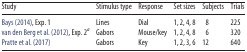
<table><thead><tr><td><b>Study</b></td><td><b>Stimulus type</b></td><td><b>Response</b></td><td><b>Set sizes</b></td><td><b>Subjects</b></td><td><b>Trials</b></td></tr></thead><tbody><tr><td>Bays (2014), Exp. 1</td><td>Lines</td><td>Dial</td><td>1, 2, 4, 8</td><td>8</td><td>225</td></tr><tr><td>van den Berg et al. (2012), Exp. 2<i><sup>a</sup></i></td><td>Gabors</td><td>Mouse/key</td><td>1, 2, 4, 8</td><td>6</td><td>320</td></tr><tr><td>Pratte et al. (2017)</td><td>Gabors</td><td>Key</td><td>1, 2, 3, 6</td><td>12</td><td>640</td></tr></tbody></table>